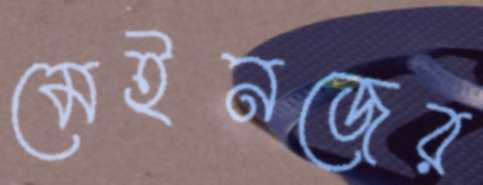
মেইনজের